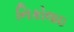
નિકોલાઇ